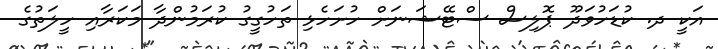
އަކީ ދ. ކުޑަހުވަދޫ ޕޮލިސް ސްޓޭޝަނަށް ހުށަހެޅި ތަހުގީގު ކުރަމުންދާ މަކަރާއި ހީލަތުގެ